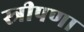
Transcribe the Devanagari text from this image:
स्त्रीपणा